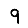
Digit: 9